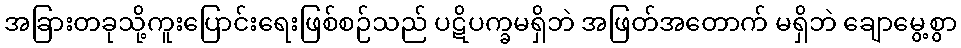
အခြားတခုသို့ကူးပြောင်းရေးဖြစ်စဉ်သည် ပဋိပက္ခမရှိဘဲ အဖြတ်အတောက် မရှိဘဲ ချောမွေ့စွာ